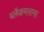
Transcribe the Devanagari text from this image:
ब्लैकग्लामा